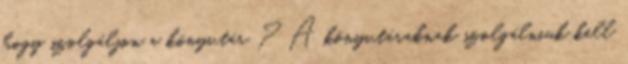
hogy szolgáljon a könyvtár ? A könyvtáraknak szolgálniuk kell